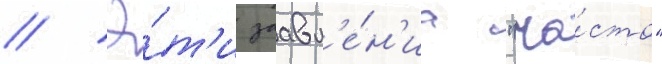
// Э́т'и заавл'е́н'иа "ча́сто"